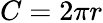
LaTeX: C=2\pi r